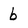
Character: b